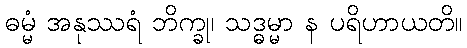
ဓမ္မံ အနုဿရံ ဘိက္ခု၊ သဒ္ဓမ္မာ န ပရိဟာယတိ။